Report on horse surra - Volume II, Part II
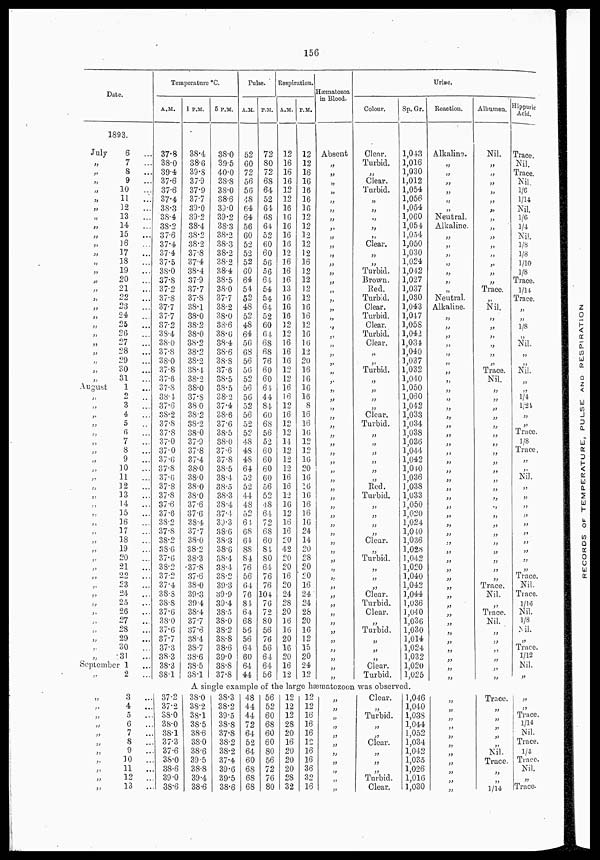
156
Date.
1893.
July
„
„
„
„
„
„
„
„
„
„
„
„
„
„
„
„
„
„
„
„
„
„
„
„
„
August
„
„
„
„
„
„
„
„
„
„
„
„
.,
„.
„
„
„
„
„
„
„
„
„
„
„
„
„
„
„
„
6 ...
7
...
8 ...
9
...
10
...
11
...
12
...
13
...
14
...
15
...
16
...
17
...
18
...
19
...
20
...
21
...
22
...
23
...
24 ...
25
...
26
...
27
...
28
...
29
...
30
...
31
...
1
...
2
...
3
...
4
...
5 ...
6 ...
7
...
8
...
9
...
10
...
11
...
12
...
13
...
14
...
15
...
16
...
17
...
18
...
19
...
20
...
21
...
22
...
23
...
24
...
25
...
26
...
27
...
28
...
29 ...
30
...
31 ...
September 1 ...
„
„
„
„
„
„
„
„
„
„
„
„
2
...
3
...
4
...
5 ...
6
...
7
...
8
...
9
...
10
...
11
...
12
...
13
...
Temperature °C.
A.M.
37.8
38.0
39.4
37.6
37.6
37.4
38.3
38.4
38.2
37.6
37.4
37.4
37.5
38.0
37.8
37.2
37.8
37.7
37.7
37.2
38.4
38.0
37.8
38.0
37.8
37.6
37.8
38.4
37.6
38.2
37.8
37.8
37.0
37.0
37.6
37.8
37.6
37.8
37.8
37.6
37.6
38.2
37.8
38.2
38.6
37.6
38.2
37.2
37.4
38.8
38.8
37.6
38.0
37.6
37.7
37.3
38.3
38.3
38.1
1 P.M.
38.4
38.6
39.8
37.9
37.9
37.7
39.0
39.2
38.4
38.2
38.2
37.8
37.4
38.4
37.9
37.7
37.8
38.1
38.0
38.2
38.0
38.2
38.2
38.2
38.4
38.2
38.0
37.8
38 0
38.2
38.2
38.0
37.9
37.8
37.4
38.0
38.0
38.0
38.0
37.6
37.6
38.4
37.7
38.0
38.2
38.3
37.8
37.6
38.0
39.3
39.4
38.4
37.7
37.6
38.4
38.7
38.6
38.5
38.1
5 P.M.
38.0
39.5
40.0
38.8
38.0
38.6
39.0
39.2
38.3
38.2
38.3
38.2
38.2
38.4
38.5
38.0
37.7
38.2
38.0
38.6
38.6
38.4
38.6
38.8
37.6
38.5
38.5
38.2
37.4
38.6
37.6
38.5
38.0
37.6
37.8
38.5
38.4
38.5
38.3
38.4
37.4
39.3
38.6
38.3
38.6
38.4
38.4
38.2
39.3
39.9
39.4
38.5
38.0
38.2
38.8
38.6
39.0
38.8
37.8
Pulse.
A.M.
52
60
72
56
56
48
64
64
56
60
52
52
52
60
64
54
52
48
52
48
64
56
68
56
56
52
56
56
52
56
52
52
48
48
48
64
52
52
44
48
52
64
68
64
88
84
76
56
64
76
84
64
68
56
56
64
60
64
44
P.M.
72
80
72
68
64
52
64
68
64
52
60
60
56
56
64
54
54
64
52
60
64
68
68
76
60
60
64
44
84
60
68
56
52
60
60
60
60
56
52
48
64
72
68
60
84
80
64
76
76
104
76
72
80
56
76
56
64
64
56
Respiration.
A.M.
12
16
16
16
12
12
16
16
16
16
16
12
16
16
16
13
16
16
16
12
12
16
16
16
12
12
16
16
12
16
12
12
14
12
12
12
16
16
12
16
12
16
16
20
42
20
20
16
20
24
28
20
16
16
20
16
20
16
12
P.M.
12
12
16
16
16
16
16
12
12
12
12
12
16
12
12
12
12
16
16
12
16
16
12
20
16
16
16
16
8
16
16
16
12
12
16
20
16
16
16
16
16
16
24
14
20
28
20
20
16
24
24
28
20
16
12
15
20
24
12
Hæmatozoa
in Blood.
Absent
„
„
„
„
„
„
„
„
„
„
„
„
„
„
„
„
„
„
„
„
„
„
„
„
„
„
„
„
„
„
„
„
„
„
„
„
„
„
„
„
„
„
„
„
„
„
„
„
„
„
„
„
„
„
„
„
„
„
Colour.
Clear.
Turbid.
„
Clear.
Turbid.
„
„
„
„
„
Clear.
„
„
Turbid.
Brown.
Red.
Turbid.
Clear.
Turbid.
Clear.
Turbid.
Clear.
„
„
Turbid.
„
„
„
„
Clear.
Turbid.
„
„
„
„
„
„
Red.
Turbid.
„
„
„
„
Clear.
„
Turbid.
„
„
„
Clear.
Turbid.
Clear.
„
Turbid.
„
„
„
Clear.
Turbid.
Sp. Gr.
1,043
1,016
1,030
1,012
1,054
1,056
1,054
1,060
1,054
1,054
1,050
1,030
1,024
1,042
1,027
1,037
1,030
1,043
1,047
3,058
1,042
1,034
3,040
3,037
1,032
1,040
1,050
1,060
1,042
1,033
1,034
1,038
1,036
1,044
1,042
1,040
1,036
1,038
1,033
1,050
1,020
1,024
1,040
1,036
1,028
1,042
1,020
1,040
1,042
1,044
1,036
1,040
1,036
1,030
1,014
1,024
1,032
1,020
1,025
A single example of the large Hæmatozoon was observed.
37.2
37.2
38.0
38.0
38.1
37.3
37.6
38.0
38.6
39.0
38.6
38.0
38.2
38.1
38.5
38.6
38.0
38.6
39.5
38.8
39.4
38.6
38.3
38.2
39.5
38.8
37.8
38.2
38.2
37.4
39.6
39.5
38.6
48
44
44
72
64
52
64
60
68
68
68
56
52
60
68
60
60
80
56
72
76
80
12
12
12
28
20
16
20
20
20
28
32
12
12
16
16
16
12
16
16
36
32
16
„
„
„
„
„
„
„
„
„
„
„
Clear.
„
Turbid.
„
„
Clear.
„
„
„
Turbid.
Clear..
1,046
1,040
1,038
1,044
1,052
1,034
1,042
1,035
1,026
1,016
1,030
Urine.
Reaction.
Alkaline.
„
„
„
„
„
„
Neutral.
Alkaline.
„
„
„
„
„
„
„
Neutral.
Alkaline.
„
„
„
„
„
„
„
„
„
„
„
„
„
„
„
„
„
„
„
„
„
„
„
„
„
„
„
„
„
„
„
„
„
„
„
„
„
„
„
„
„
„
„
„
„
„
„
„
„
„
„
„
„
Albumen.
Nil.
„
„
„
„
„
„
„
„
„
„
„
„
„
„
Trace.
„
Nil.
„
„
„
„
„
„
Trace.
Nil.
„
„
„
„
„
„
„
„
„
„
„
„
„
„
„
„
„
„
„
„
„
„
Trace.
Nil.
„
Trace.
Nil.
„
„
„
„
„
„
„
Trace.
„
„
„
„
„
Nil.
Trace.
„
„
1/14
Hippuric
Acid.
Trace.
Nil.
Trace.
Nil.
1/6
1/14
Nil.
1/6
¼
Nil.
⅛
⅛
1/10
⅛
Trace.
1/14
Trace.
„
„
⅛
Nil.
„
„
Nil.
„
„
¼
1/24
„
„
Trace.
⅛
Trace.
„
„
Nil.
„
„
„
„
„
„
„
„
„
„
Trace.
Nil.
Trace.
1/16
Nil.
⅛
Nil.
„
Trace.
1/12
Nil.
„
„
„
Trace.
1/14
Nil.
Trace.
¼
Trace.
Nil.
„
Trace.